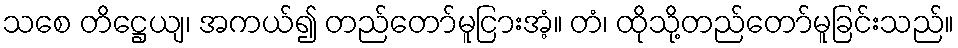
သစေ တိဋ္ဌေယျ၊ အကယ်၍ တည်တော်မူငြားအံ့။ တံ၊ ထိုသို့တည်တော်မူခြင်းသည်။